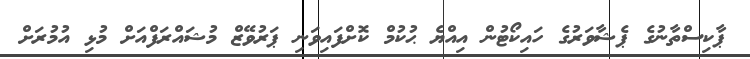
ޕާކިސްތާނުގެ ޕެޝާވަރުގެ ހައިކޯޓުން އިއްޔެ ޙުކުމް ކޮށްފައިވަނި ޕަރުވޭޒް މުޝައްރަފްއަށް މުޅި އުމުރަށް